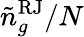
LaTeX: {\tilde{n}}_{g}^{\mathrm{RJ}}/N